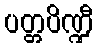
ပတ္တပိဏ္ဍီ